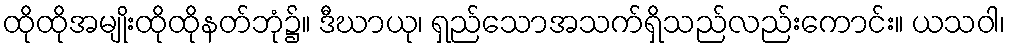
ထိုထိုအမျိုးထိုထိုနတ်ဘုံ၌။ ဒီဃာယု၊ ရှည်သောအသက်ရှိသည်လည်းကောင်း။ ယသဝါ၊